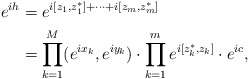
\begin{align*}e^{ih} &=e^{i[z_1,z_1^*]+\cdots +i[z_m,z_m^*]}\\&=\prod_{k=1}^{M} (e^{ix_k},e^{iy_k})\cdot \prod_{k=1}^{m} e^{i[z_k^*,z_k]}\cdot e^{ic},\end{align*}